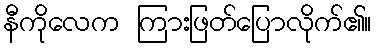
နီကိုလေက ကြားဖြတ်ပြောလိုက်၏။